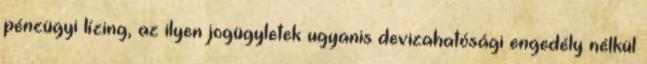
pénzügyi lízing, az ilyen jogügyletek ugyanis devizahatósági engedély nélkül